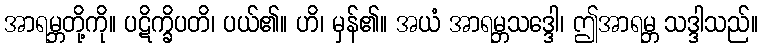
အာရမ္ဘတို့ကို။ ပဋိက္ခိပတိ၊ ပယ်၏။ ဟိ၊ မှန်၏။ အယံ အာရမ္ဘသဒ္ဒေါ၊ ဤအာရမ္ဘ သဒ္ဒါသည်။